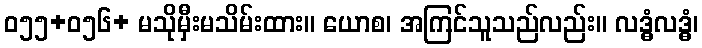
ဝ၅၅+၀၅၆+ မသိုမှီးမသိမ်းထား။ ယောစ၊ အကြင်သူသည်လည်း။ လဒ္ဓံလဒ္ဓံ၊